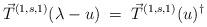
LaTeX: \begin{align*}\vec{T}^{(1,s,1)}(\lambda-u)\;=\;{\vec{T}^{(1,s,1)}}(u)^\dagger\end{align*}